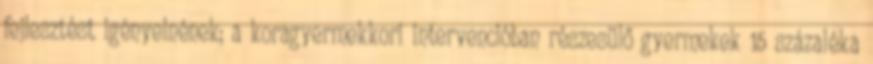
fejlesztést igényelnének; a koragyermekkori intervencióban részesülő gyermekek 15 százaléka